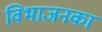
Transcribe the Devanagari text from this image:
विभाजनका